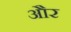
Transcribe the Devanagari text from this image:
और